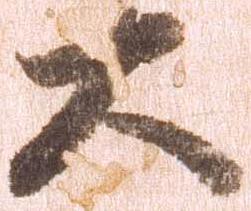
大